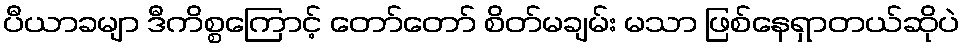
ပီယာခမျာ ဒီကိစ္စကြောင့် တော်တော် စိတ်မချမ်း မသာ ဖြစ်နေရှာတယ်ဆိုပဲ